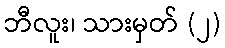
ဘီလူး၊ သားမှတ် (၂)